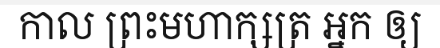
កាល ព្រះមហាក្សត្រ អ្នក ឲ្យ